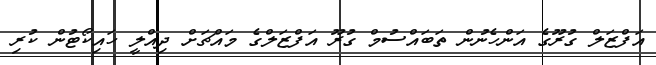
އަފްޒަލް ގުރޫގެ އަންހެނުން ތަބައްސުމް ގުރޫ އަފްޒަލްގެ މައްޗަށް ދިއްލީ ހައިކޯޓުން ކުރި